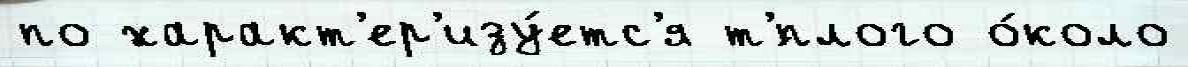
по характ'ер'изу́етс'я т'́плого о́коло